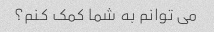
می توانم به شما کمک کنم؟